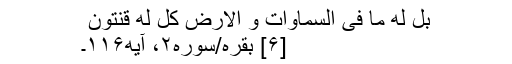
بَل لَّهُ مَا فیِ السَّمَاوَاتِ وَ الْاَرْضِ کلُ‌ لَّهُ قَنِتُونَ ‌
[۶] بقره/سوره۲، آیه۱۱۶۔